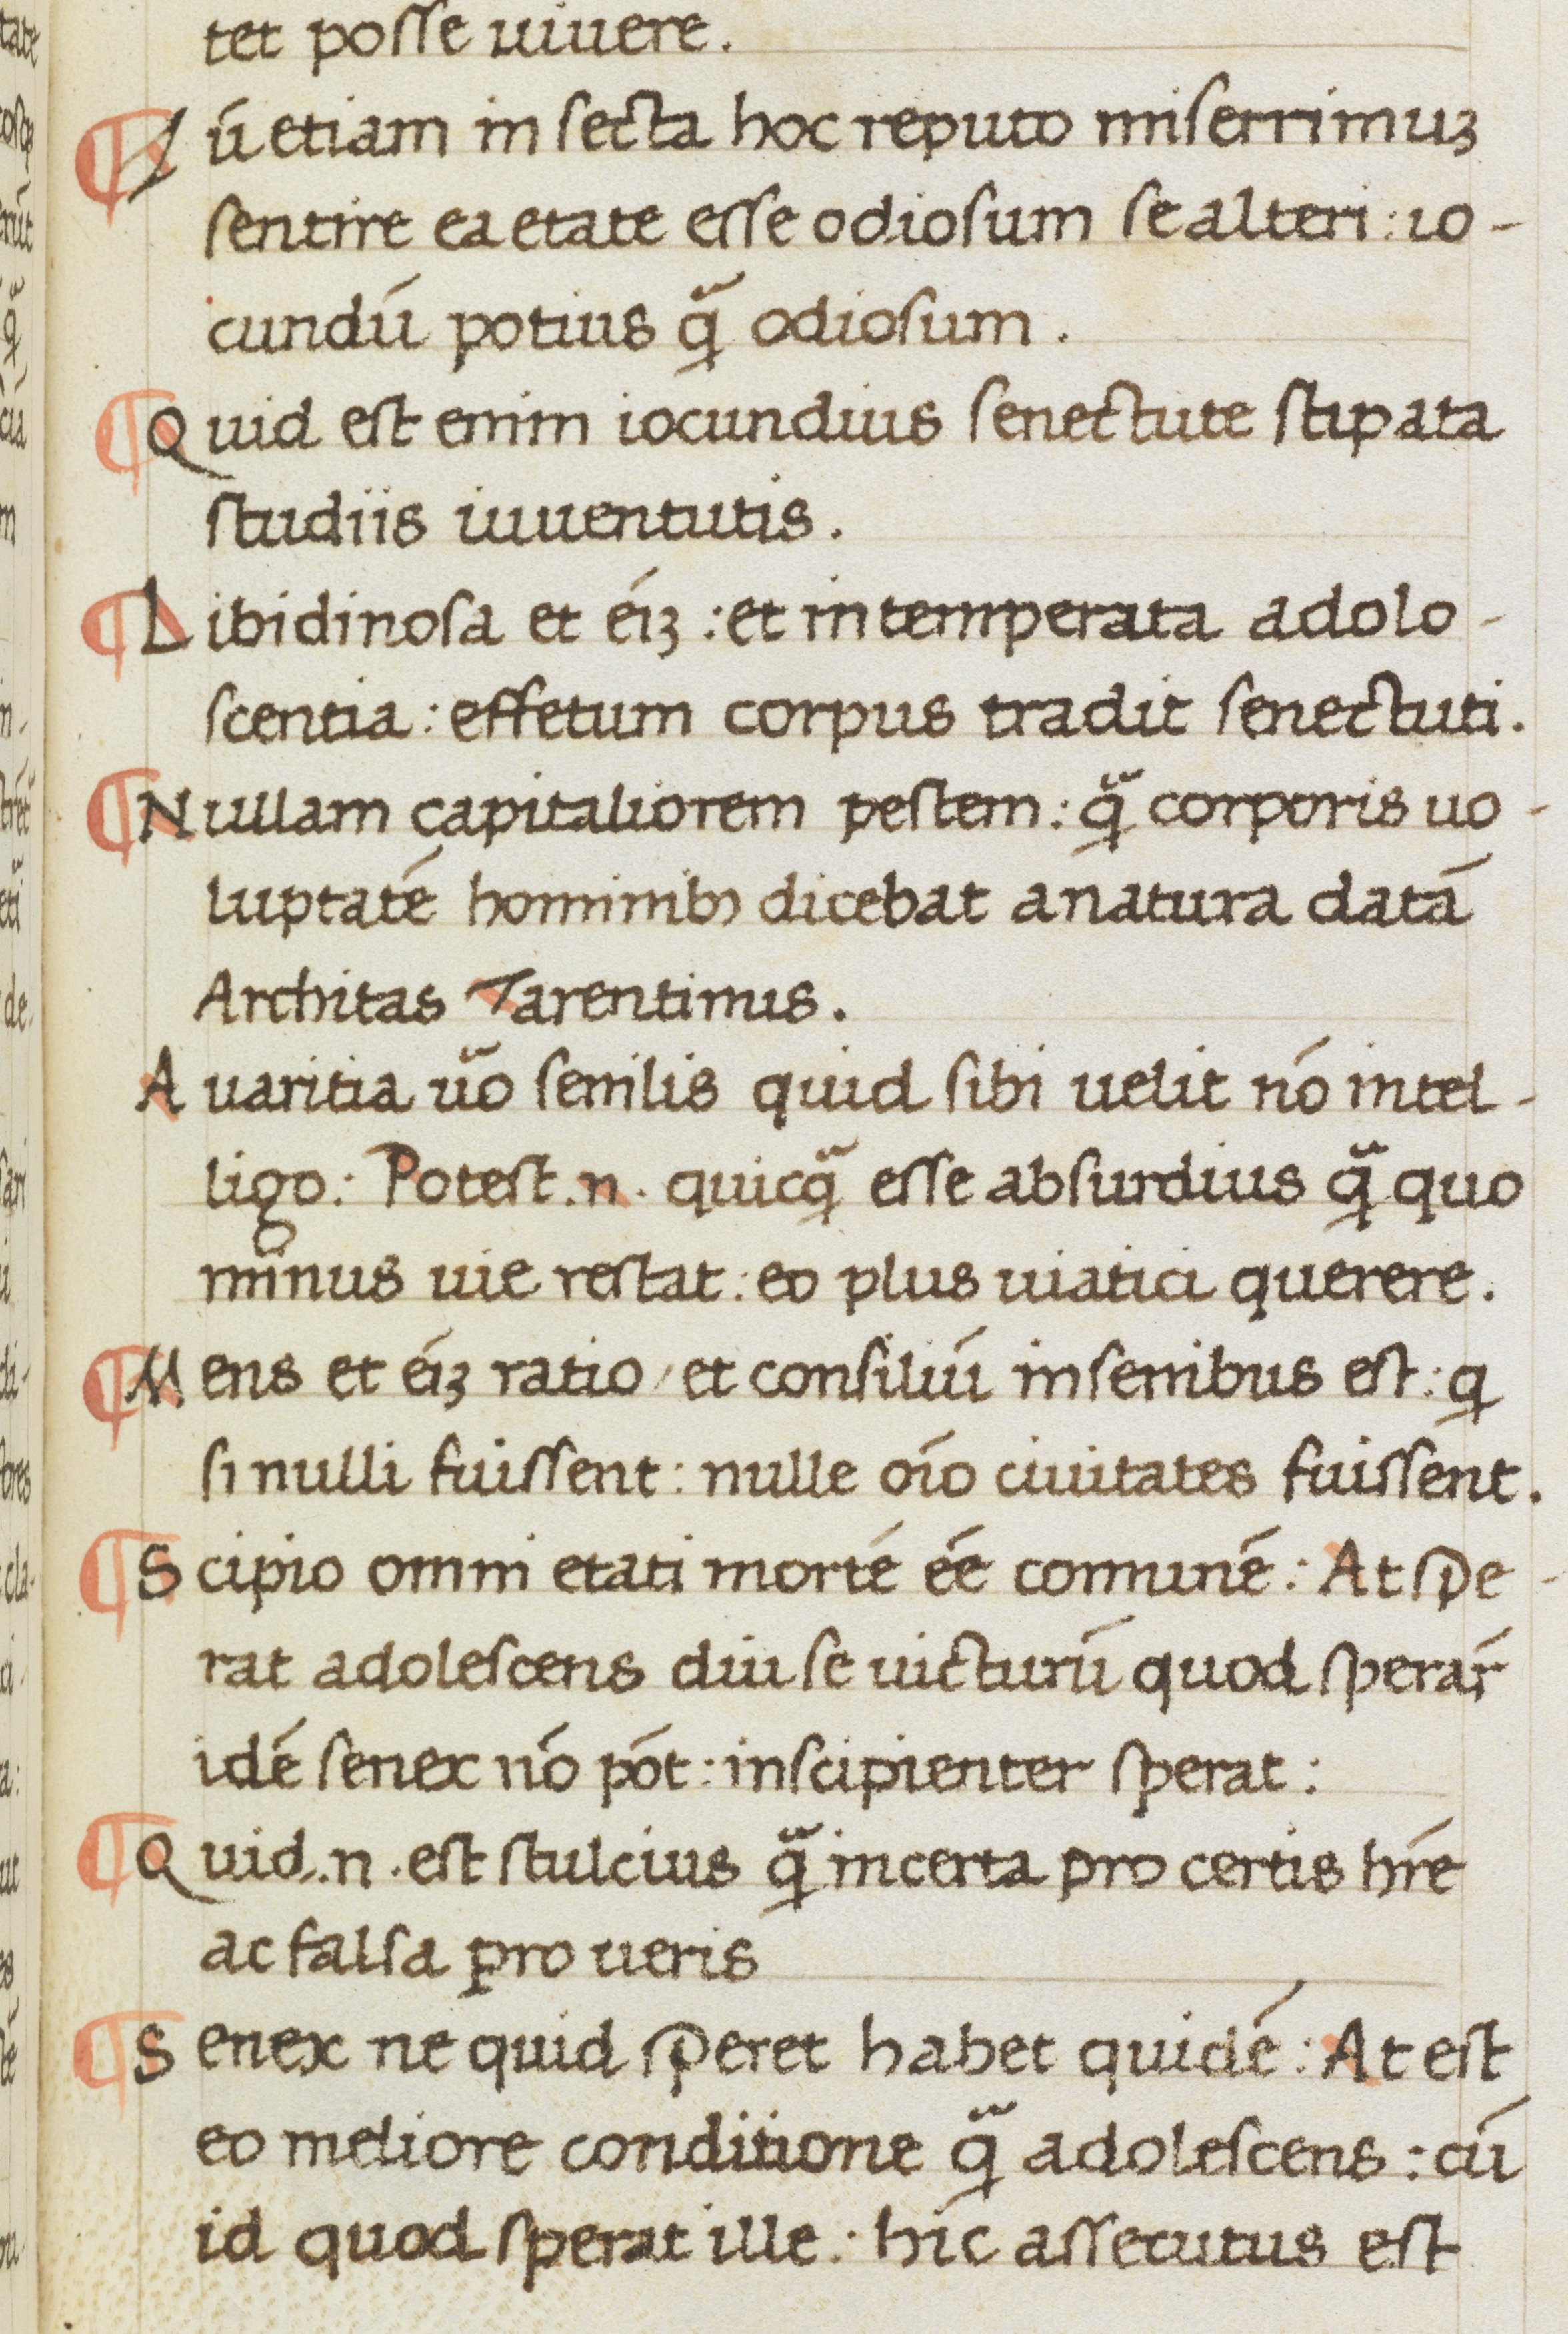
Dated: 1475–1499